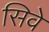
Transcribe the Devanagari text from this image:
सिवे